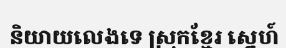
និយាយលេងទេ ស្រុកខ្មែរ ស្នេហ៍